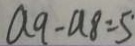
a _ { 9 } - a _ { 8 } = 5 ^ { \prime }